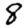
Digit: 8